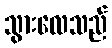
သွားလေသည်